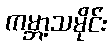
ကမ္ဘာ့သမိုင်း